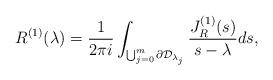
LaTeX: \begin{align*}R^{(1)}(\lambda) = \frac{1}{2\pi i}\int_{\bigcup_{j=0}^{m}\partial\mathcal{D}_{\lambda_{j}}} \frac{J_{R}^{(1)}(s)}{s-\lambda}ds,\end{align*}